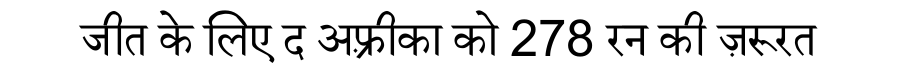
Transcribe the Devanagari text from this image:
जीत के लिए द अफ़्रीका को 278 रन की ज़रूरत